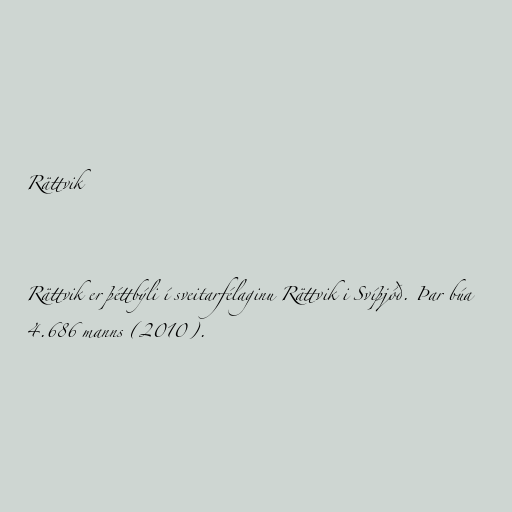
Rättvik

Rättvik er þéttbýli í sveitarfélaginu Rättvik i Svíþjóð. Þar búa
4.686 manns (2010).